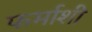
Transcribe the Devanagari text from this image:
फर्माशी